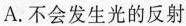
A.不会发生光的反射